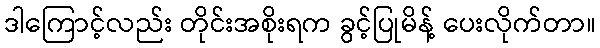
ဒါကြောင့်လည်း တိုင်းအစိုးရက ခွင့်ပြုမိန့် ပေးလိုက်တာ။